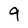
Character: 9